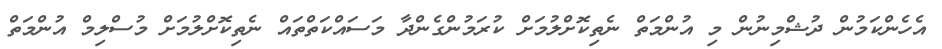
އެހެންކަމުން ދުޝްމިނުން މި އުންމަތް ނެތިކޮށްލުމަށް ކުރަމުންގެންދާ މަސައްކަތްތައް ނެތިކޮށްލުމަށް މުސްލިމް އުންމަތް